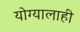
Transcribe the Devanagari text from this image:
योग्यालाही